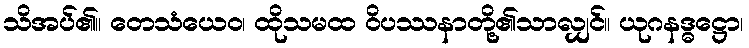
သိအပ်၏။ တေသံယေဝ၊ ထိုသမထ ဝိပဿနာတို့၏သာလျှင်။ ယုဂနဒ္ဓဋ္ဌော၊